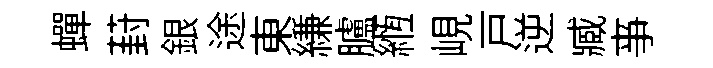
蟬葑銀途東縑臚縆峴戸逆臧亊